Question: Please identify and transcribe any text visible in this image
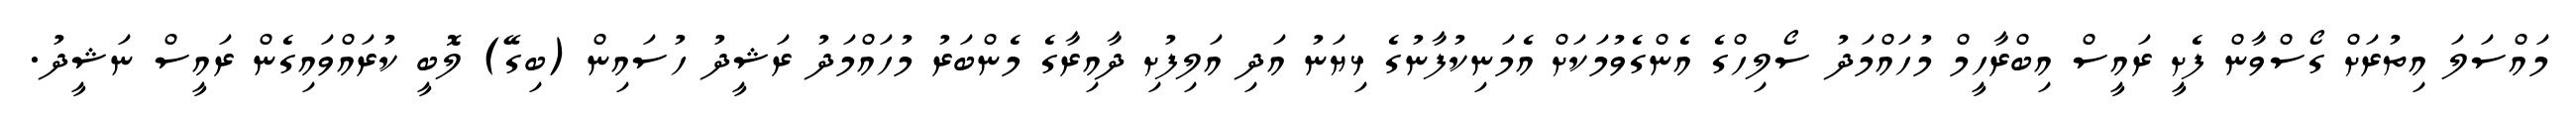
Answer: މައްސަލަ އިތުރަށް ގޯސްވާން ފެށީ ރައީސް އިބްރާހީމް މުހައްމަދު ސޯލިހްގެ އެންގެވުމަކަށް އެމަނިކުފާނުގެ ޅިޔަނު އަދި އަލިފުށި ދާއިރާގެ މެންބަރު މުހައްމަދު ރަޝީދު ހުސައިން (ބިގޭ) ލޮބީ ކުރައްވައިގެން ރައީސް ނަޝީދު.